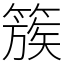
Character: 簇